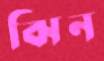
ঝিন